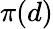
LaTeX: \pi(d)